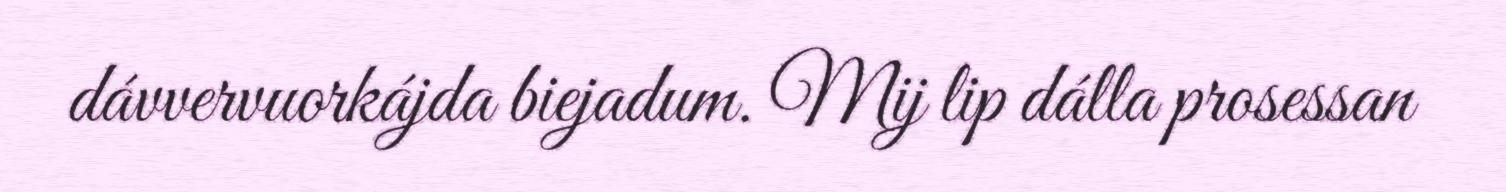
dávvervuorkájda biejadum. Mij lip dálla prosessan